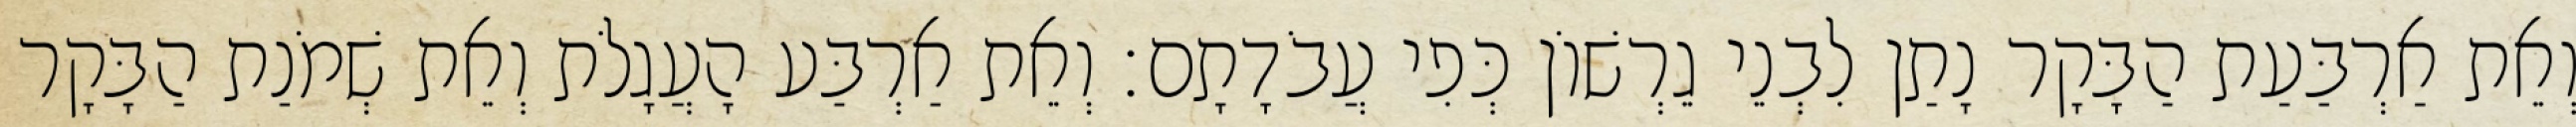
וְאֵת אַרְבַּעַת הַבָּקָר נָתַן לִבְנֵי גֵרְשׁוֹן כְּפִי עֲבֹדָתָם׃ וְאֵת אַרְבַּע הָעֲגָלֹת וְאֵת שְׁמֹנַת הַבָּקָר